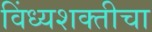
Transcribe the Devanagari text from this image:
विंध्यशक्तीचा